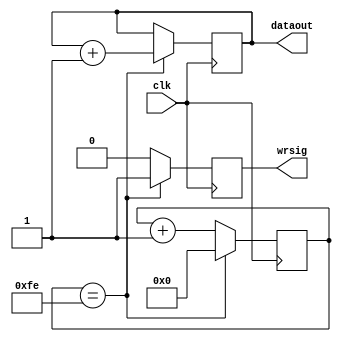
`timescale 1ns / 1ps

////////////////////////////////////////////////////////////////////////////////
// Company: 
// Engineer:
//
// Design Name:   clkdiv
// Module Name:   D:/test_programing/keti/chenjun_jpeg_ls/uart_v2_2000/UART_V22000_2/testuart.v
// Project Name:  UART_V22000_2
// Target Device:  
// Tool versions:  
// Description: 
//
// Verilog Test Fixture created by ISE for module: clkdiv
//
// Dependencies:
// 
// Revision:
// Revision 0.01 - File Created
// Additional Comments:
// 
////////////////////////////////////////////////////////////////////////////////

 module testuart(clk, dataout, wrsig); 
input clk; 
output[7:0] dataout; 
output wrsig; 
reg [7:0] dataout; 
reg wrsig; 
reg [7:0] cnt; 
always @(posedge clk) 
begin 
if(cnt == 254) 
begin 
dataout <= dataout + 8'd1;  //1 
wrsig <= 1'b1;              // 
cnt <= 8'd0; 
end 
else 
begin 
wrsig <= 1'b0; 
cnt <= cnt + 8'd1; 
end 
end 
endmodule